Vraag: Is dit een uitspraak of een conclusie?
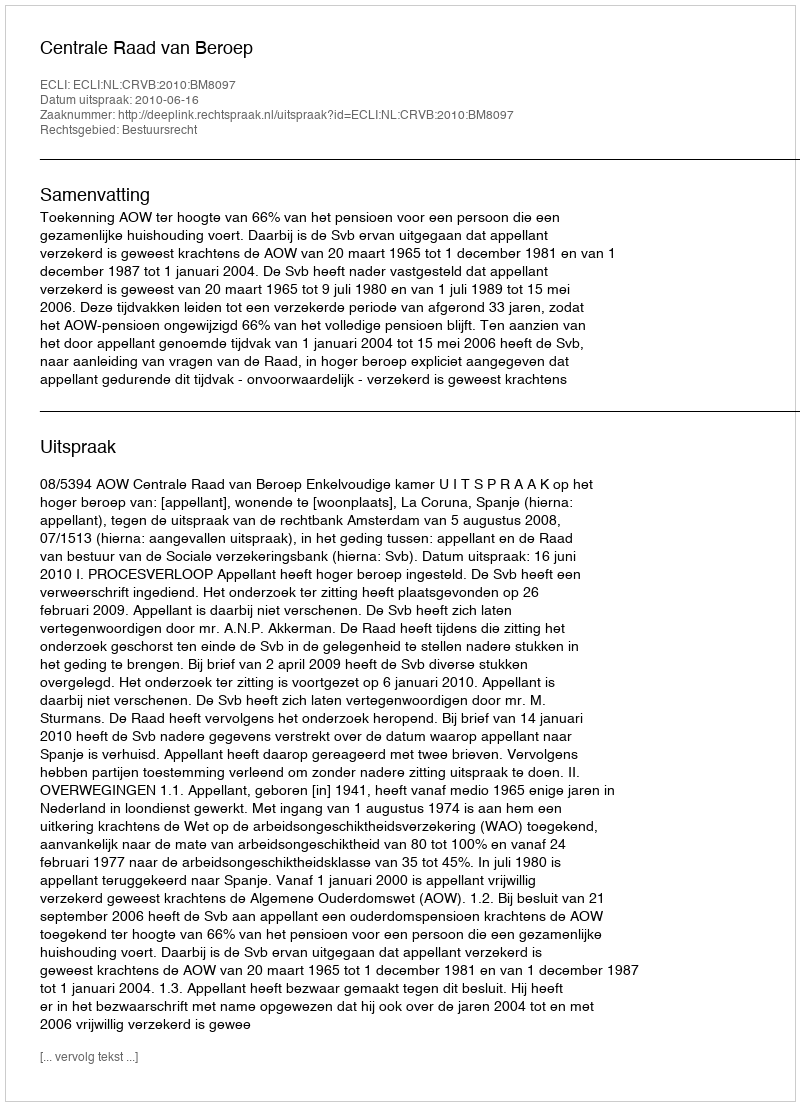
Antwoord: Uitspraak